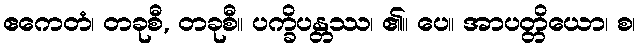
ဧကေတံ၊ တခုစီ, တခုစီ။ ပက္ခိပန္တဿ၊ ၏။ ပေ။ အာပတ္တိယော၊ စ၊